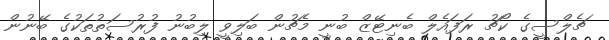
ޗެލްސީގެ ކޯޗު ރަފައެލް ބެނިޓޭޒް ބުނީ މެޗުން ބަލިވީ ލިބުނު ފުރުސަތުތަކުގެ ބޭނުން